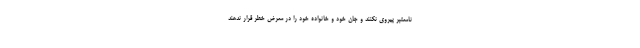
نامعتبر پیروی نکنند و جان خود و خانواده خود را در معرض خطر قرار ندهند